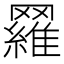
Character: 𦌴